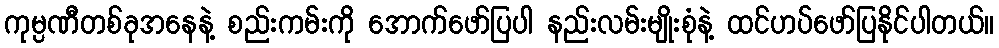
ကုမ္ပဏီတစ်ခုအနေနဲ့ စည်းကမ်းကို အောက်ဖော်ပြပါ နည်းလမ်းမျိုးစုံနဲ့ ထင်ဟပ်ဖော်ပြနိုင်ပါတယ်။